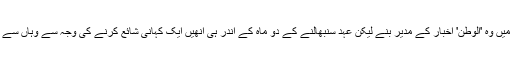
سنہ 2003 میں وہ 'الوطن' اخبار کے مدیر بنے لیکن عہد سنبھالنے کے دو ماہ کے اندر ہی انھیں ایک کہانی شائع کرنے کی وجہ سے وہاں سے نکال دیا گیا۔